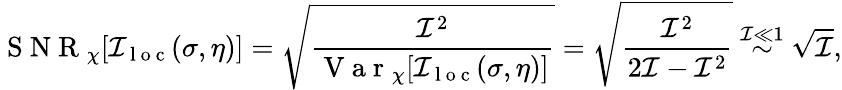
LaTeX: \mathrm{~S~N~R~}_{\chi}[\mathcal{I}_{\mathrm{~l~o~c~}}(\sigma,\eta)]=\sqrt{\frac{\mathcal{I}^{2}}{\mathrm{~V~a~r~}_{\chi}[\mathcal{I}_{\mathrm{~l~o~c~}}(\sigma,\eta)]}}=\sqrt{\frac{\mathcal{I}^{2}}{2\mathcal{I}-\mathcal{I}^{2}}}\stackrel{\mathcal{I}\ll 1}{\sim}\sqrt{\mathcal{I}},